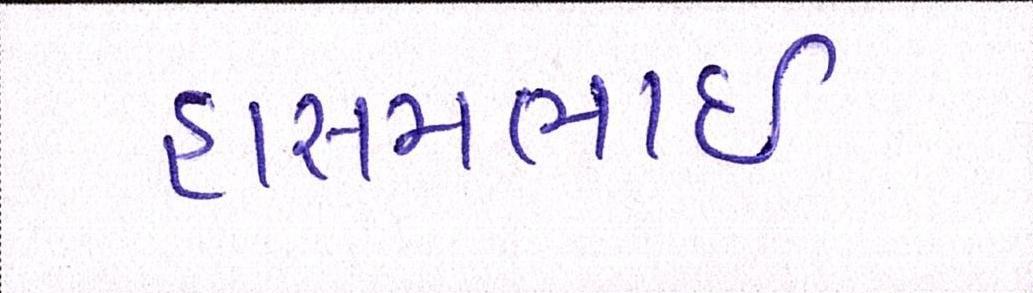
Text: હાસમભાઇ